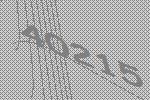
40215